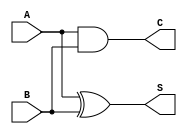
module Carry_Lookahead_Half_Adder(
    input wire A,       // Single-bit input A
    input wire B,       // Single-bit input B
    output wire S,      // Single-bit sum output
    output wire C       // Single-bit carry output
);

    // Sum output calculation using XOR
    assign S = A ^ B;

    // Carry output calculation using AND
    assign C = A & B;

endmodule